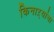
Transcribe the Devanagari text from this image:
किनाऱ्यांचा